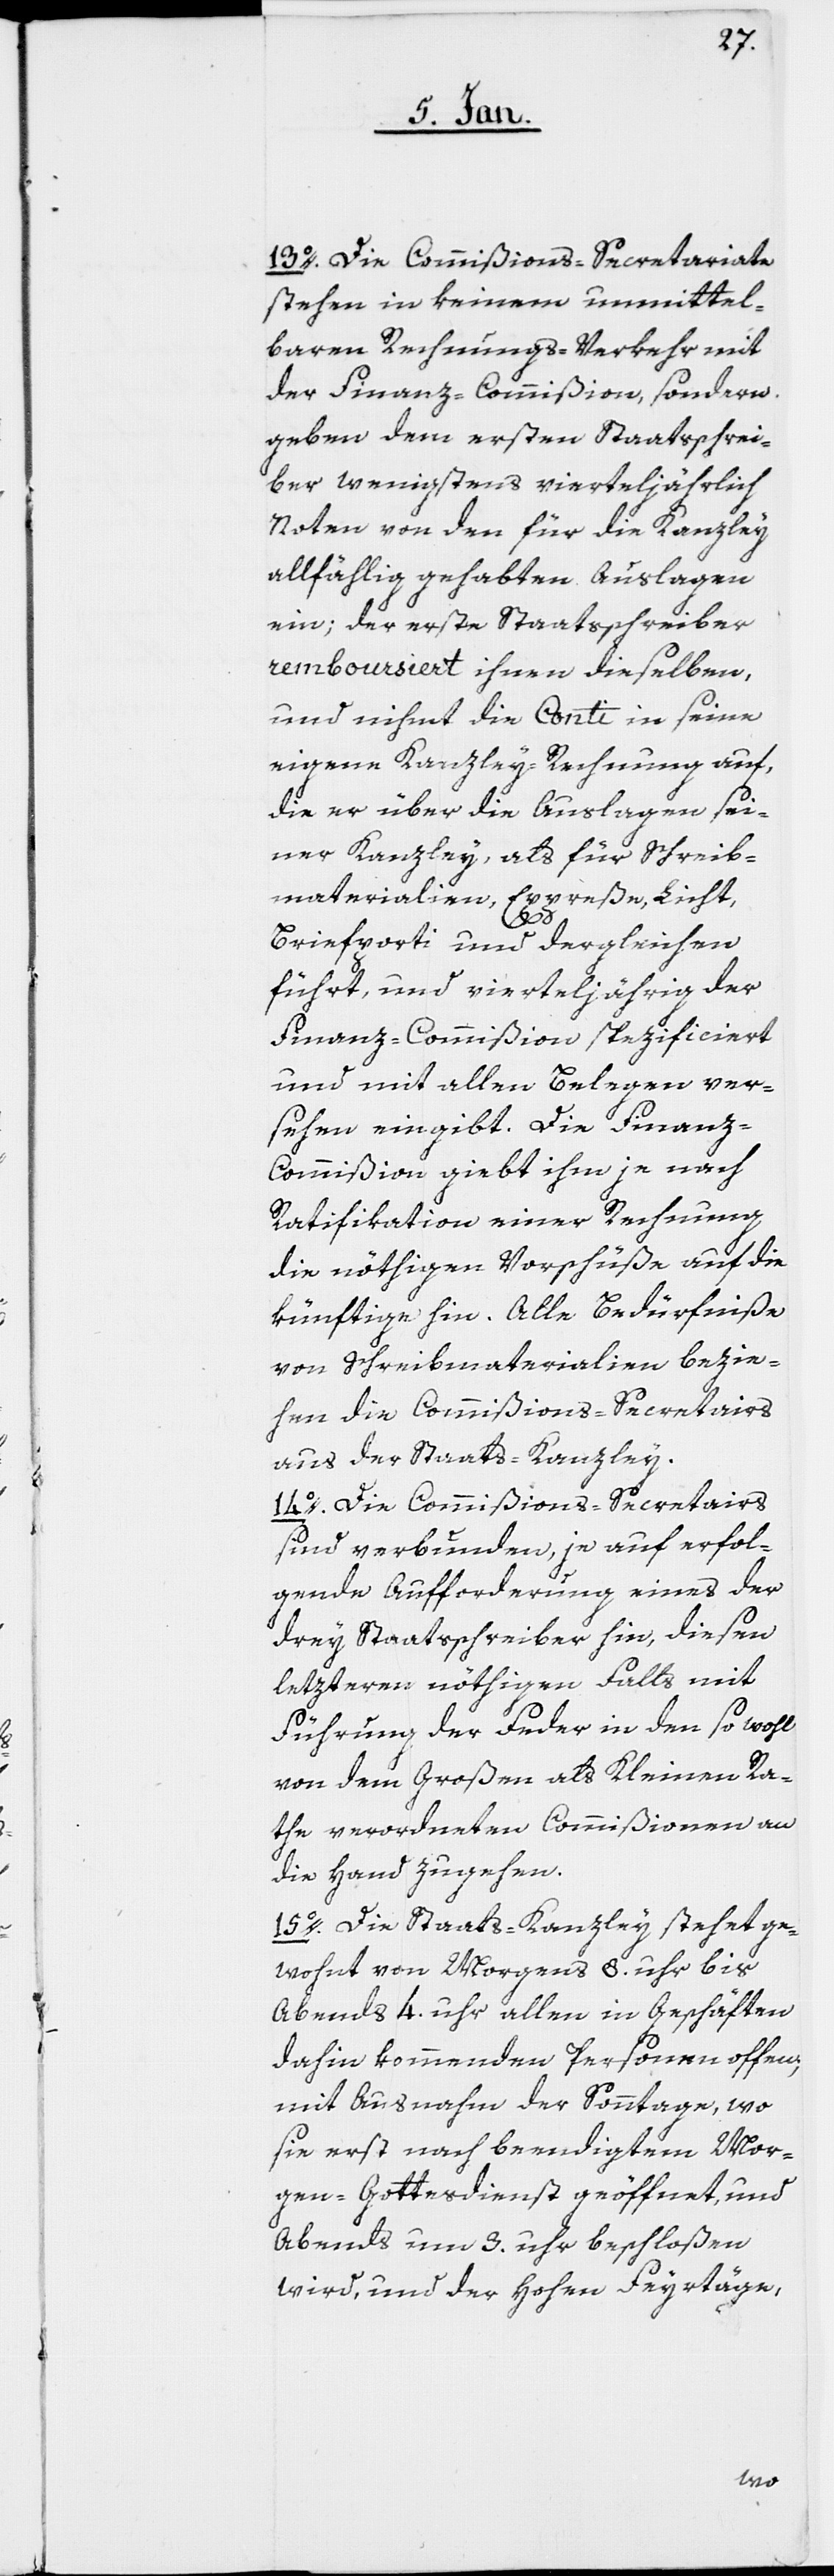
13o. Die Commißions-Secretariate
stehen in keinem unmittel¬
baren Rechnungs-Verkehr mit
der Finanz-Commißion, sondern
geben dem ersten Staatsschrei¬
ber wenigstens vierteljährlich
Noten von den für die Kanzley
allfählig gehabten Auslagen
ein; der erste Staatsschreiber
remboursiert ihnen dieselben,
und nihmt die Conti in seine
eigene Kanzley-Rechnung auf,
die er über die Auslagen sei¬
ner Kanzley, als für Schreib¬
materialien, Expreße, Licht,
Briefporti und dergleichen
führt, und vierteljährig der
Finanz-Commißion spezificiert
und mit allen Belegen ver¬
sehen eingibt. Die Finanz-C¬
ommißion giebt ihm je nach
Ratifikation einer Rechnung
die nöthigen Vorschüße auf die
künftige hin. Alle Bedürfniße
von Schreibmaterialien bezie¬
hen die Commißions-Secretairs
aus der Staats-Kanzley.
14o. Die Commißions-Secretairs
sind verbunden, je auf erfol¬
gende Aufforderung eines der
drey Staatsschreiber hin, diesen
letzteren nöthigen Falls mit
Führung der Feder in den sowohl
von dem Großen als Kleinen Ra¬
the verordneten Commißionen an
die Hand zu gehen.
15o. Die Staats-Kanzley stehet ge¬
wohnt von Morgens 8. uhr bis
Abends 4. Uhr allen in Geschäften
dahin kommenden Personen offen,
mit Ausnahme der Sonntage, wo
sie erst nach beendigtem Mor¬
gen-Gottesdienst geöffnet, und
Abends um 3. uhr beschloßen
wird, und der Hohen Feyertage,